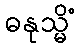
ဓနုသ္မိံ